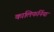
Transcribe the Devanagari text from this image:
कालिफर्निया